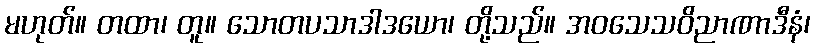
မဟုတ်။ တထာ၊ တူ။ သောတပသာဒါဒယော၊ တို့သည်။ အဝသေသဝိညာဏာဒီနံ၊